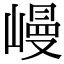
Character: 𡻩